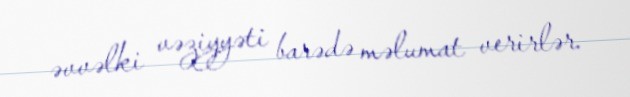
əvvəlki vəziyyəti barədə məlumat verirlər.